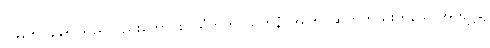
ဝ၄၃+ဝ၄၄+ သည်လည်းကောင်း။ ယံတိတ္ထာယတနံ၊ အကြင်ဆိတ်တည်းဟူသောအကျင့်၌